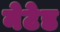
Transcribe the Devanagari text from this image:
नेटेड